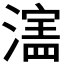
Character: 𬉄